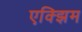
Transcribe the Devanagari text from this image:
एक्झिम